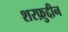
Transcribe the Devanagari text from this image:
शरफ़ुद्दीन